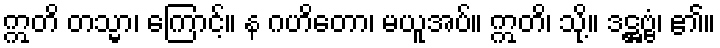
ဣတိ တသ္မာ၊ ကြောင့်။ န ဂဟိတော၊ မယူအပ်။ ဣတိ၊ သို့။ ဒဋ္ဌဗ္ဗံ၊ ၏။